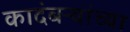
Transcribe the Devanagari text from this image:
कादंबऱ्यांच्या